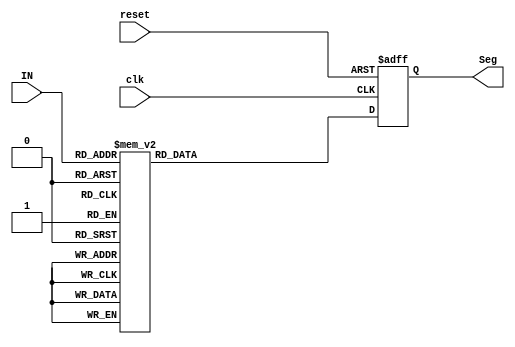
module sevensegBCDdecoder(
  input [3:0] IN,
  input clk,
  input reset,
  output reg [0:6] Seg
);

  always @(posedge clk or posedge reset) begin
    if (reset) begin
      Seg <= 7'b111_1111; // Display '0' when reset is asserted
    end else begin
      case(IN)
        4'b0000: Seg <= 7'b000_0001;
        4'b0001: Seg <= 7'b100_1111;
        4'b0010: Seg <= 7'b001_0010;
        4'b0011: Seg <= 7'b000_0110;
        4'b0100: Seg <= 7'b100_1100;
        4'b0101: Seg <= 7'b010_0100;
        4'b0110: Seg <= 7'b000_1000;
        4'b0111: Seg <= 7'b000_0110;
        4'b1000: Seg <= 7'b001_0010;
        4'b1001: Seg <= 7'b100_1111;
        default: Seg <= 7'b111_1111; // Display '0' for invalid inputs
      endcase
    end
  end

endmodule